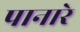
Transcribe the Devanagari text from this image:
पानारे